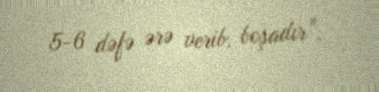
5-6 dəfə ərə verib, boşadır”.